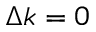
\Delta k = 0